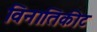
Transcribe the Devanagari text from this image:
विनातिकीट